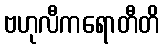
ဗဟုလီကရောတီတိ